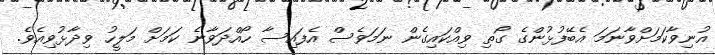
އުނިވާކަމަށްވާނަމަ އެބޭފުޅުންގެ ގޯތި ވިއްކައިގެން ނަމަވެސް އެފައިސާ ހޯއްދަވާނެ ކަމަށް މަލީހު ވިދާޅުވިއެވެ.